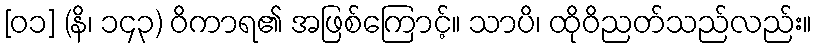
[၀၁] (နိ၊ ၁၄၃) ဝိကာရ၏ အဖြစ်ကြောင့်။ သာပိ၊ ထိုဝိညတ်သည်လည်း။